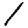
Digit: 1